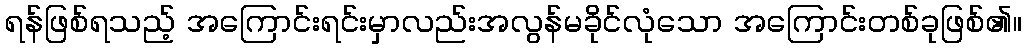
ရန်ဖြစ်ရသည့် အကြောင်းရင်းမှာလည်းအလွန်မခိုင်လုံသော အကြောင်းတစ်ခုဖြစ်၏။